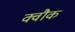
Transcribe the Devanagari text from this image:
क्वौक